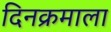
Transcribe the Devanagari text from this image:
दिनक्रमाला